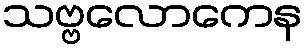
သဗ္ဗလောကေန